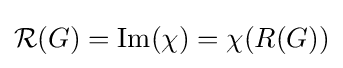
{\mathcal {R}}(G)={\text{Im}}(\chi )=\chi (R(G))